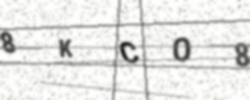
Text: 8KCO8